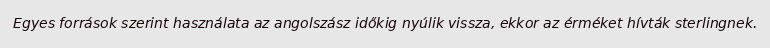
Egyes források szerint használata az angolszász időkig nyúlik vissza, ekkor az érméket hívták sterlingnek.